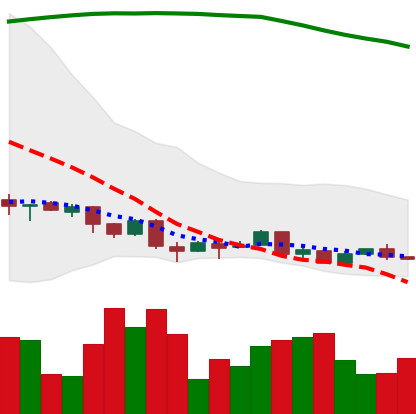
Ticker: XMR-USD
Chart end date: 2018-04-10
Forward return: 21.17%
Label: up_7plus